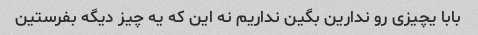
بابا یچیزی رو ندارین بگین نداریم نه این که یه چیز دیگه بفرستین